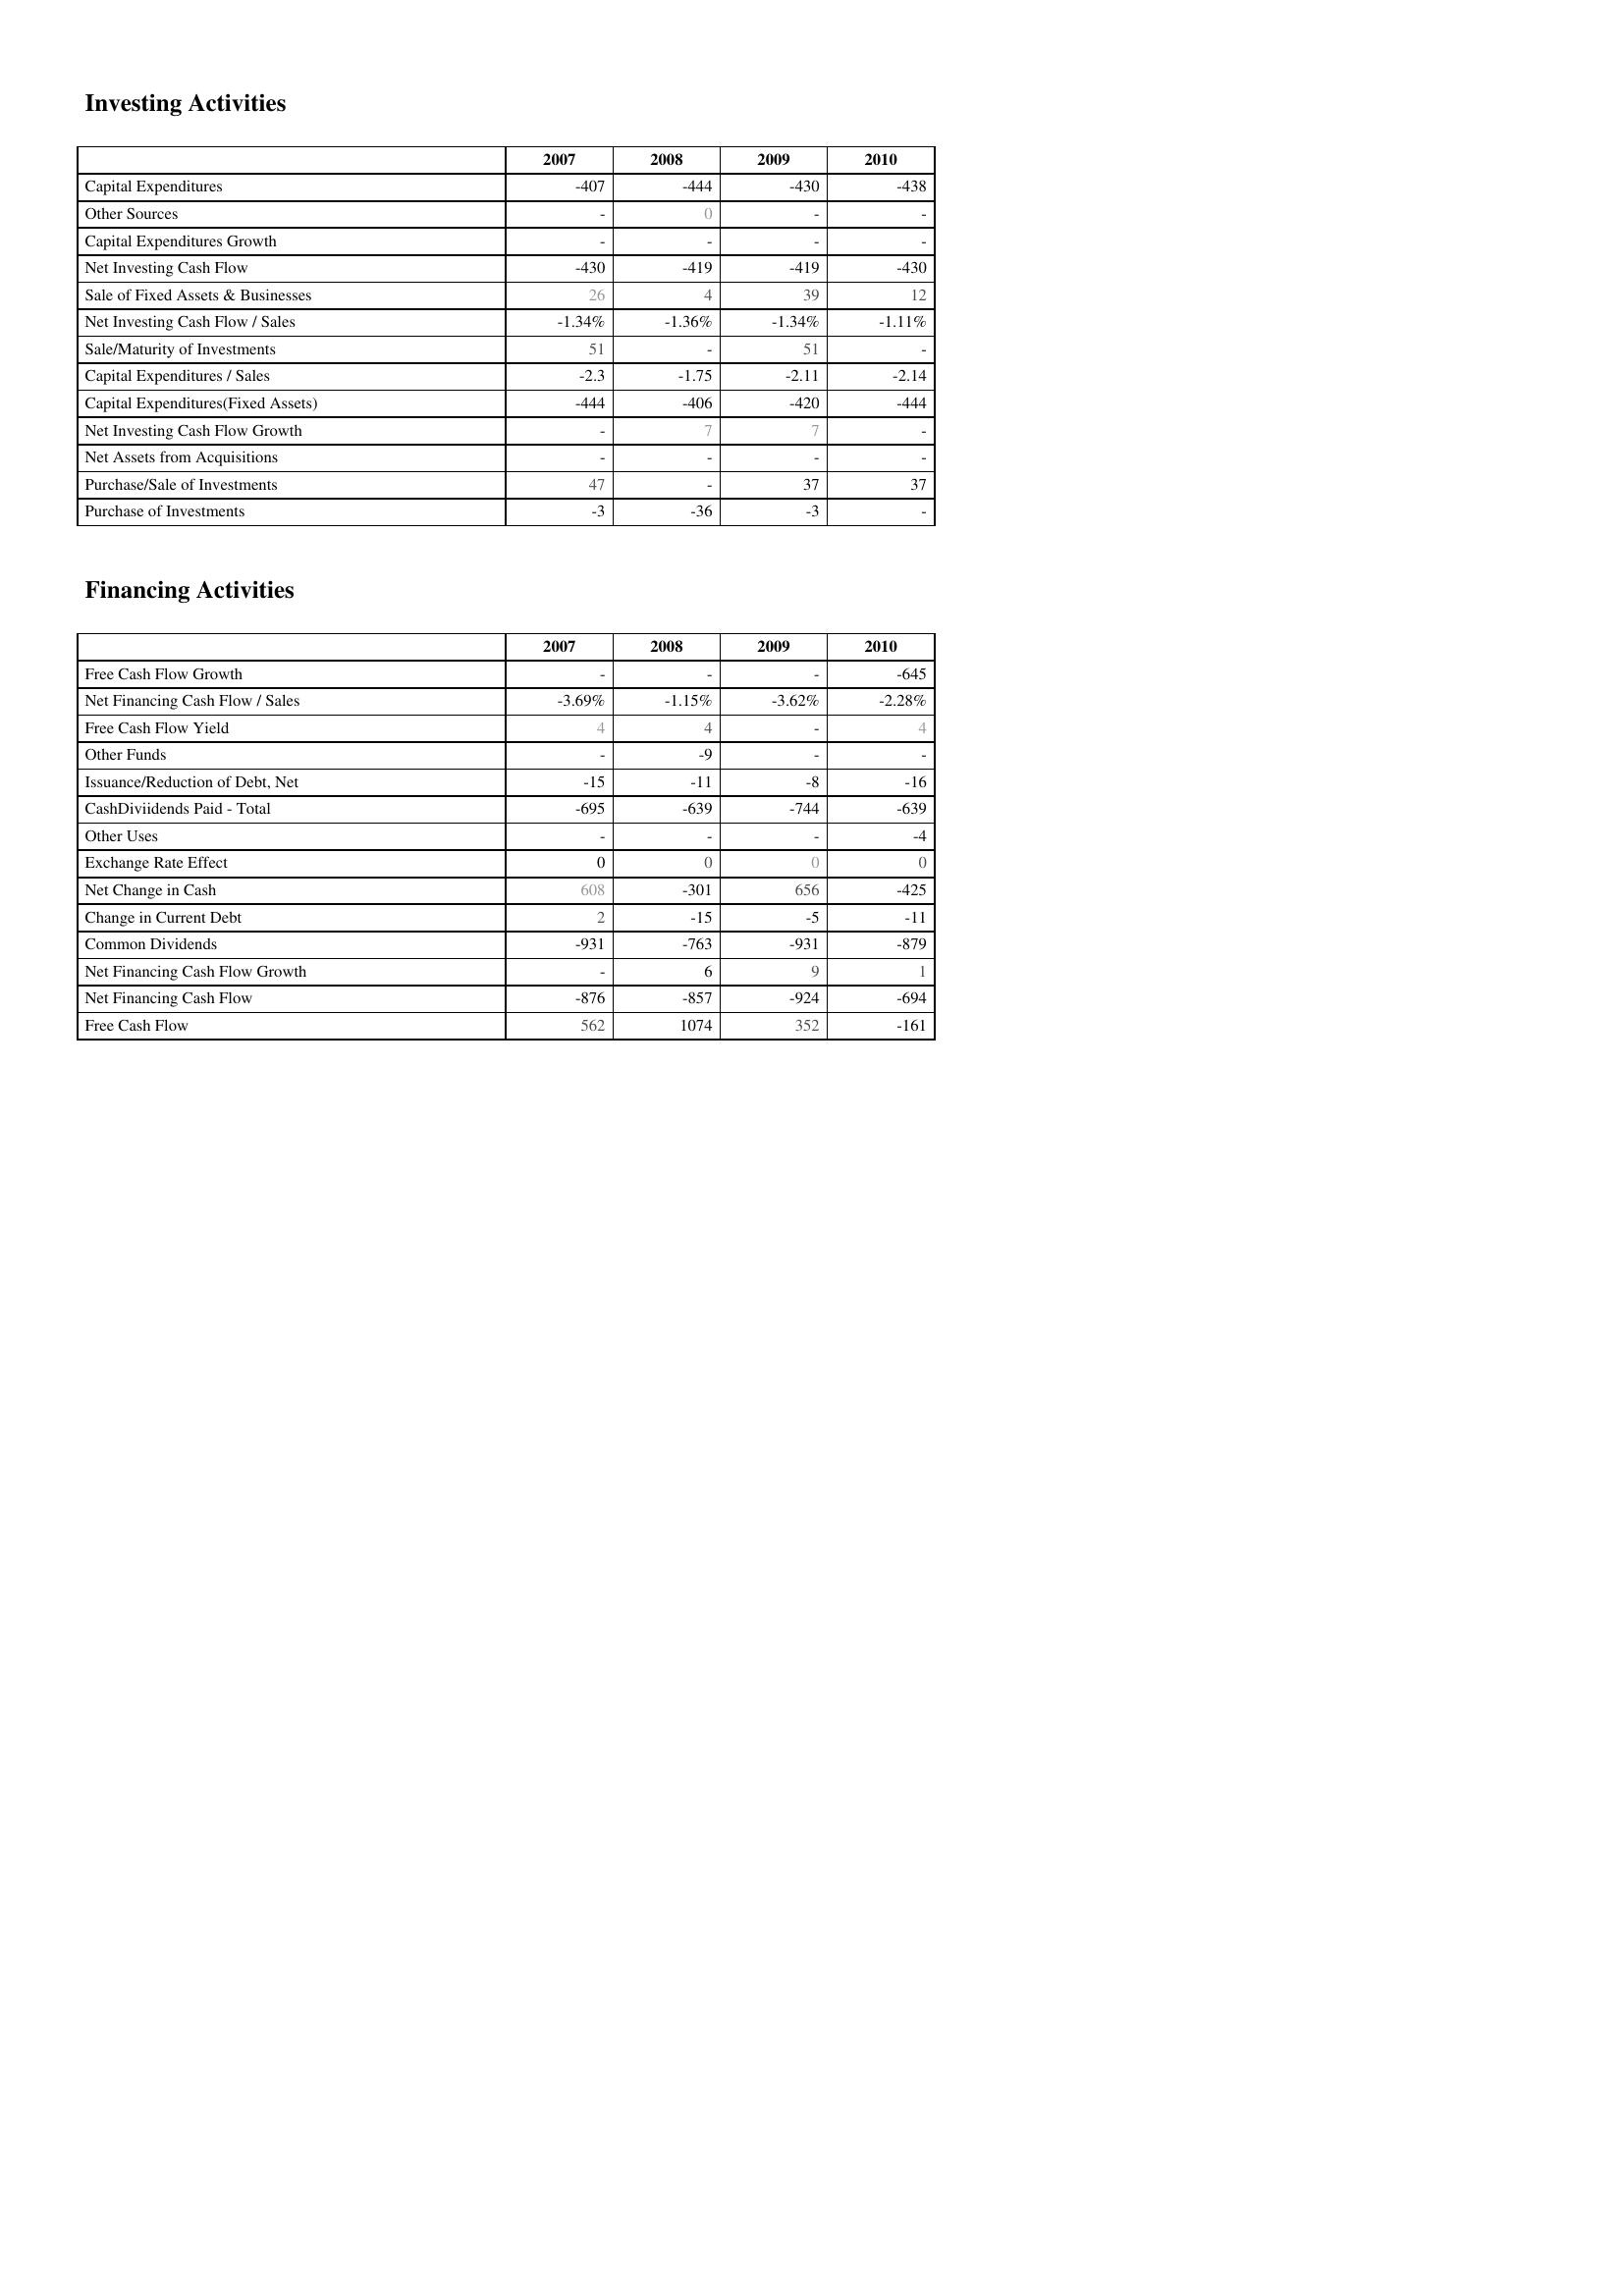
2007: Investing Activities: Capital Expenditures: -407
Other Sources: -
Capital Expenditures Growth: -
Net Investing Cash Flow: -430
Sale of Fixed Assets & Businesses: 26
Net Investing Cash Flow / Sales: -1.34%
Sale/Maturity of Investments: 51
Capital Expenditures / Sales: -2.3
Capital Expenditures(Fixed Assets): -444
Net Investing Cash Flow Growth: -
Net Assets from Acquisitions: -
Purchase/Sale of Investments: 47
Purchase of Investments: -3
Financing Activities: Free Cash Flow Growth: -
Net Financing Cash Flow / Sales: -3.69%
Free Cash Flow Yield: 4
Other Funds: -
Issuance/Reduction of Debt, Net: -15
CashDiviidends Paid - Total: -695
Other Uses: -
Exchange Rate Effect: 0
Net Change in Cash: 608
Change in Current Debt: 2
Common Dividends: -931
Net Financing Cash Flow Growth: -
Net Financing Cash Flow: -876
Free Cash Flow: 562
2008: Investing Activities: Capital Expenditures: -444
Other Sources: 0
Capital Expenditures Growth: -
Net Investing Cash Flow: -419
Sale of Fixed Assets & Businesses: 4
Net Investing Cash Flow / Sales: -1.36%
Sale/Maturity of Investments: -
Capital Expenditures / Sales: -1.75
Capital Expenditures(Fixed Assets): -406
Net Investing Cash Flow Growth: 7
Net Assets from Acquisitions: -
Purchase/Sale of Investments: -
Purchase of Investments: -36
Financing Activities: Free Cash Flow Growth: -
Net Financing Cash Flow / Sales: -1.15%
Free Cash Flow Yield: 4
Other Funds: -9
Issuance/Reduction of Debt, Net: -11
CashDiviidends Paid - Total: -639
Other Uses: -
Exchange Rate Effect: 0
Net Change in Cash: -301
Change in Current Debt: -15
Common Dividends: -763
Net Financing Cash Flow Growth: 6
Net Financing Cash Flow: -857
Free Cash Flow: 1074
2009: Investing Activities: Capital Expenditures: -430
Other Sources: -
Capital Expenditures Growth: -
Net Investing Cash Flow: -419
Sale of Fixed Assets & Businesses: 39
Net Investing Cash Flow / Sales: -1.34%
Sale/Maturity of Investments: 51
Capital Expenditures / Sales: -2.11
Capital Expenditures(Fixed Assets): -420
Net Investing Cash Flow Growth: 7
Net Assets from Acquisitions: -
Purchase/Sale of Investments: 37
Purchase of Investments: -3
Financing Activities: Free Cash Flow Growth: -
Net Financing Cash Flow / Sales: -3.62%
Free Cash Flow Yield: -
Other Funds: -
Issuance/Reduction of Debt, Net: -8
CashDiviidends Paid - Total: -744
Other Uses: -
Exchange Rate Effect: 0
Net Change in Cash: 656
Change in Current Debt: -5
Common Dividends: -931
Net Financing Cash Flow Growth: 9
Net Financing Cash Flow: -924
Free Cash Flow: 352
2010: Investing Activities: Capital Expenditures: -438
Other Sources: -
Capital Expenditures Growth: -
Net Investing Cash Flow: -430
Sale of Fixed Assets & Businesses: 12
Net Investing Cash Flow / Sales: -1.11%
Sale/Maturity of Investments: -
Capital Expenditures / Sales: -2.14
Capital Expenditures(Fixed Assets): -444
Net Investing Cash Flow Growth: -
Net Assets from Acquisitions: -
Purchase/Sale of Investments: 37
Purchase of Investments: -
Financing Activities: Free Cash Flow Growth: -645
Net Financing Cash Flow / Sales: -2.28%
Free Cash Flow Yield: 4
Other Funds: -
Issuance/Reduction of Debt, Net: -16
CashDiviidends Paid - Total: -639
Other Uses: -4
Exchange Rate Effect: 0
Net Change in Cash: -425
Change in Current Debt: -11
Common Dividends: -879
Net Financing Cash Flow Growth: 1
Net Financing Cash Flow: -694
Free Cash Flow: -161